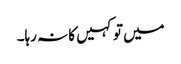
میں تو کہیں کا نہ رہا۔